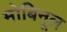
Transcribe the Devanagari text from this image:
मोबिनूल